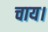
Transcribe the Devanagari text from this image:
चाय।